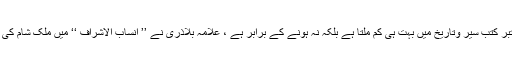
آپ رَضِیَ اللّٰہُ تَعَالٰی عَنْہ کے تجارتی اَسفار کا ذکر معتبر کتب سیر وتاریخ میں بہت ہی کم ملتا ہے بلکہ نہ ہونے کے برابر ہے ، علامہ بلاذری نے ’’ انساب الاشراف ‘‘ میں ملک شام کی طرف آپ کے فقط ایک تجارتی قافلے کا ذکر کیا ہے۔